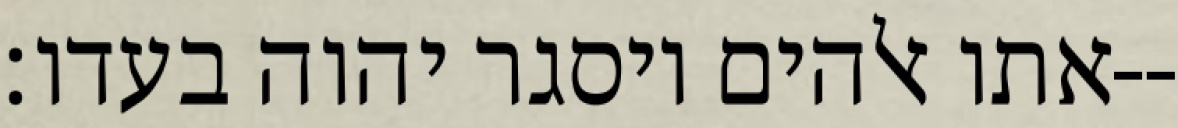
אתו אלהים ויסגר יהוה בעדו׃--